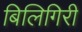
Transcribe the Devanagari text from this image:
बिलिगिरी